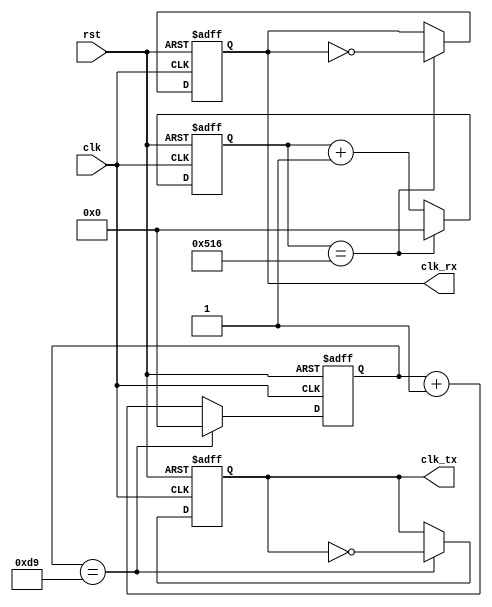
module Clock_div(clk,rst,clk_tx,clk_rx);

input clk;
input rst;
output clk_tx;
output clk_rx;

reg clk_tx;
reg clk_rx;

localparam sys_clk = 50000000; 
localparam tx_BautRate = 115200;  //
localparam tx_div_cnt = sys_clk/tx_BautRate/2;  //

localparam rx_BautRate = 19200;  //
localparam rx_div_cnt = sys_clk/rx_BautRate/2;  //

reg [11:0] cnt_tx;
reg [11:0] cnt_rx;

always @(posedge clk,negedge rst)begin
	if(!rst)begin
		cnt_tx<=12'd0;
		clk_tx<=1'b1;
		end
	else if(cnt_tx==tx_div_cnt)begin
		cnt_tx<=12'd0;
		clk_tx<=~clk_tx;
		end
	else 
		cnt_tx<=cnt_tx+1'd1;
end


always @(posedge clk,negedge rst)begin
	if(!rst)begin
		cnt_rx<=12'd0;
		clk_rx<=1'b1;
		end
	else if(cnt_rx==rx_div_cnt)begin
		cnt_rx<=12'd0;
		clk_rx<=~clk_rx;
		end
	else
		cnt_rx<=cnt_rx+1'd1;
end



endmodule